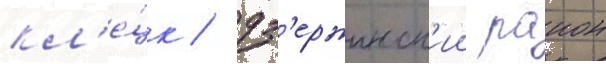
кл'е́цк / дз'ержинск'ии раион